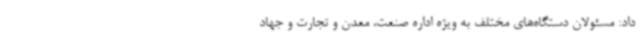
داد: مسئولان دستگاه‌های مختلف به ویژه اداره صنعت، معدن و تجارت و جهاد